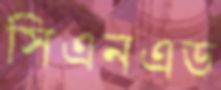
সিএনএড